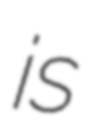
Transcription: is